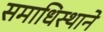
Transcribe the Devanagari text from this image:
समाधिस्थाने